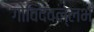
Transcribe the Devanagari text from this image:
गोविदवल्लभ